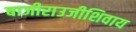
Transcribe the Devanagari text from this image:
बाजीराउजीशिवाय